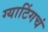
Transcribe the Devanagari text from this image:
ग्याटिंगचं